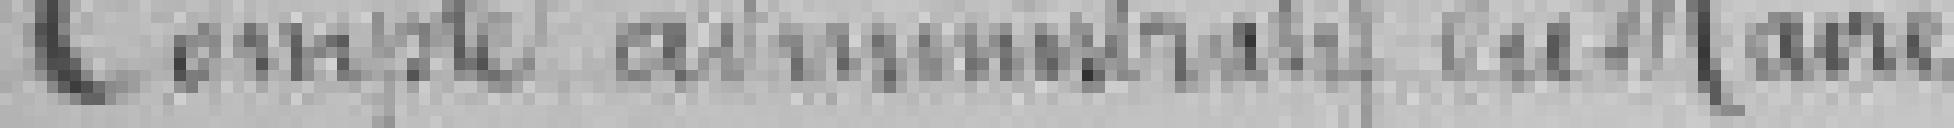
Compte administratif du Maire